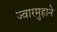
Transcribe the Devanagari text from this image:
ज्वारमुहाने